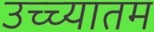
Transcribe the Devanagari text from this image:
उच्च्यातम